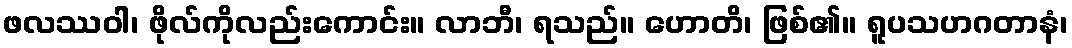
ဖလဿဝါ၊ ဖိုလ်ကိုလည်းကောင်း။ လာဘီ၊ ရသည်။ ဟောတိ၊ ဖြစ်၏။ ရူပသဟဂတာနံ၊